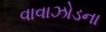
વાવાઝોડના